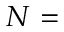
N =